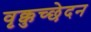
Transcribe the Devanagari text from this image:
वृक्कुच्छेदन